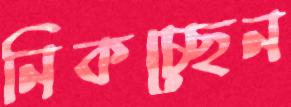
নিকচ্ছেন